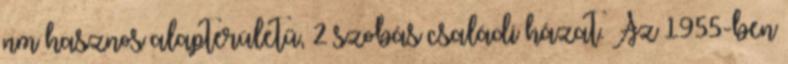
nm hasznos alapterületű, 2 szobás családi házat. Az 1955-ben